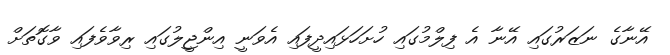
އޭނާގެ ނަޒަރުގައި އޭނާ އެ ފިލްމުގައި ހުށަހަޅައިދީފައި އެވަނީ އިންޖީލުގައި ރިވާވެފައި ވާގޮތަށް